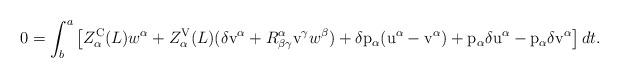
LaTeX: \begin{align*}0 = \int^a_b \left[ {Z^{\rm C}_\alpha}(L) w^\alpha + {Z^{\rm V}_\alpha}(L) (\delta {\rm v}^\alpha + R^\alpha_{\beta\gamma} {\rm v}^\gamma w^\beta) + \delta {\rm p}_\alpha({\rm u}^\alpha - {\rm v}^\alpha) + {\rm p}_\alpha \delta {\rm u}^\alpha - {\rm p}_\alpha \delta {\rm v}^\alpha \right]dt.\end{align*}